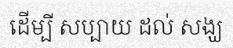
ដើម្បី សប្បាយ ដល់ សង្ឃ